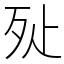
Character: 㱜